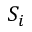
S _ { i }